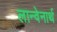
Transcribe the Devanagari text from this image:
लान्वेनार्थ